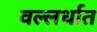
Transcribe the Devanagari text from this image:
वल्लर्धात